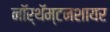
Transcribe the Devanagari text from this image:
नॉर्थॅम्टनशायर